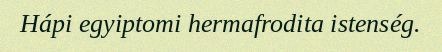
Hápi egyiptomi hermafrodita istenség.